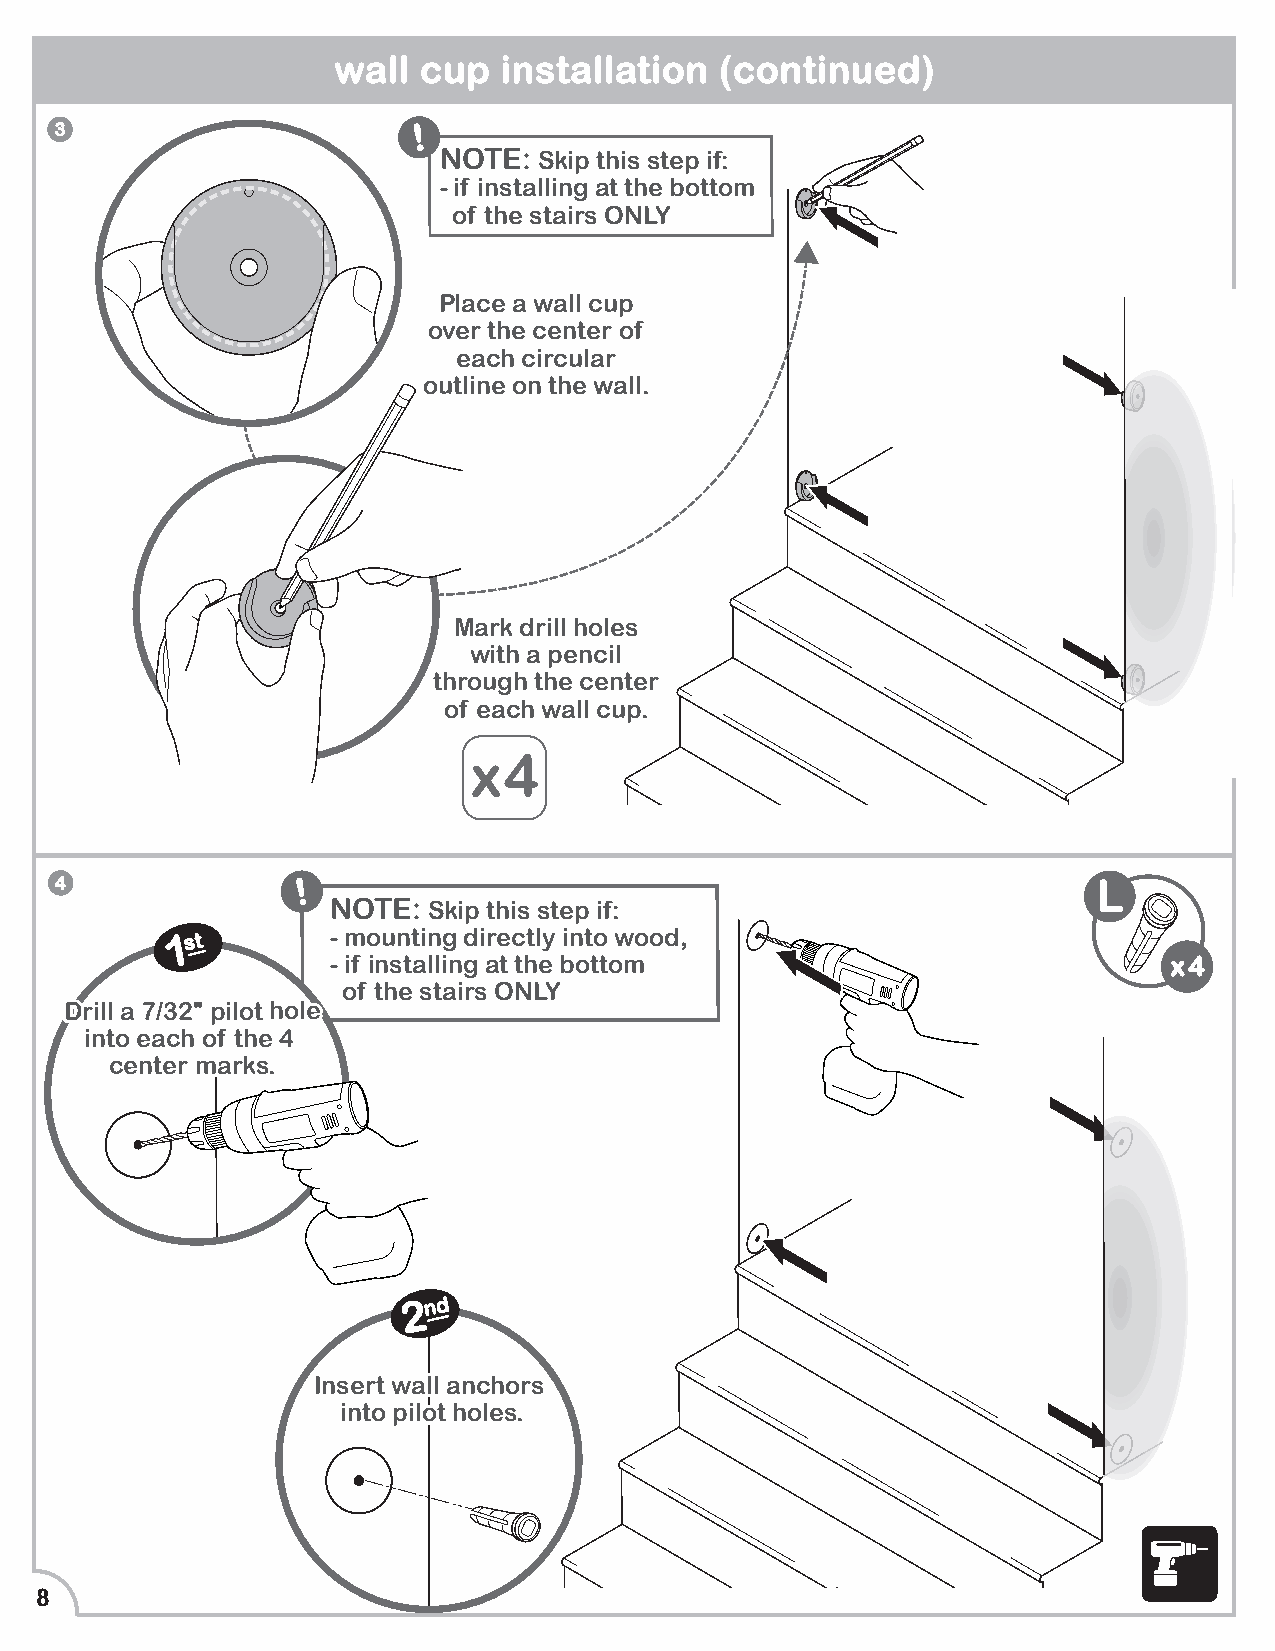
wall  cup  installation   (continued)
 3                       !
 NOTE:  Skip this step if:
 - if installing at the bottom
 of the stairs ONLY
 Place a wall cup
 over the center of
 each circular
 outline on the wall.
 Mark drill holes
 with a pencil
 through the center
 of each wall cup.
 x4
 4               !                                                    L
 NOTE: Skip this step if:
 1st        - mounting directly into wood,
 - if installing at the bottom                           x4
 of the stairs ONLY
 DDrriillll aa 77//3322'''' ppiilloott hhoollee
 iinnttoo eeaacchh ooff tthhee 44
 cceenntteerr mmaarrkkss..
 2nd
 8
 II nn ssii eenn ttrroott ww
 pp
 aallii lloo aa ll
 hh tt
 nnoo ccll hhee ooss rr.. ss